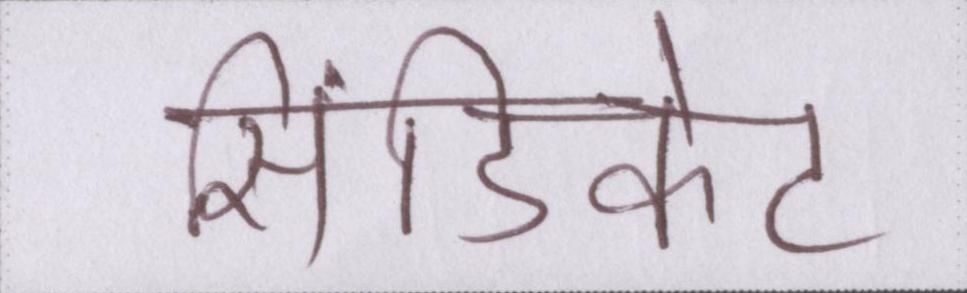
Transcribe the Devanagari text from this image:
सिंडिकेट